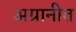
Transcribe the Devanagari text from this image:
अग्रानीत